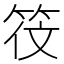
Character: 𬔻